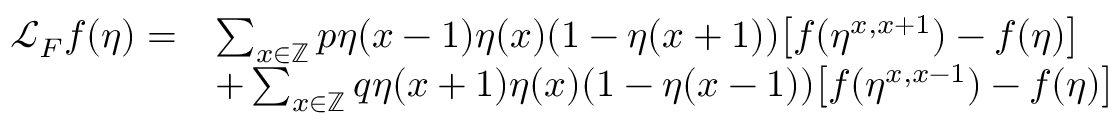
\begin{array} { r l } { \mathcal { L } _ { F } f ( \eta ) = } & { \sum _ { x \in \mathbb Z } p \eta ( x - 1 ) \eta ( x ) ( 1 - \eta ( x + 1 ) ) \big [ f ( \eta ^ { x , x + 1 } ) - f ( \eta ) \big ] } \\ & { + \sum _ { x \in \mathbb Z } q \eta ( x + 1 ) \eta ( x ) ( 1 - \eta ( x - 1 ) ) \big [ f ( \eta ^ { x , x - 1 } ) - f ( \eta ) \big ] } \end{array}